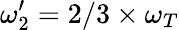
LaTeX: \omega_{2}^{\prime}=2/3\times\omega_{T}